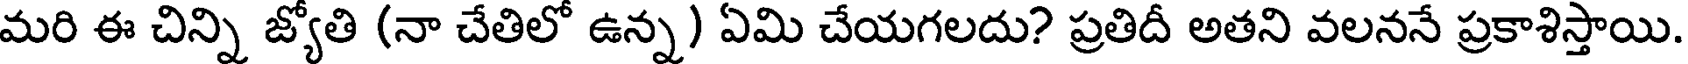
మరి ఈ చిన్ని జ్యోతి (నా చేతిలో ఉన్న) ఏమి చేయగలదు? ప్రతిదీ అతని వలననే ప్రకాశిస్తాయి.